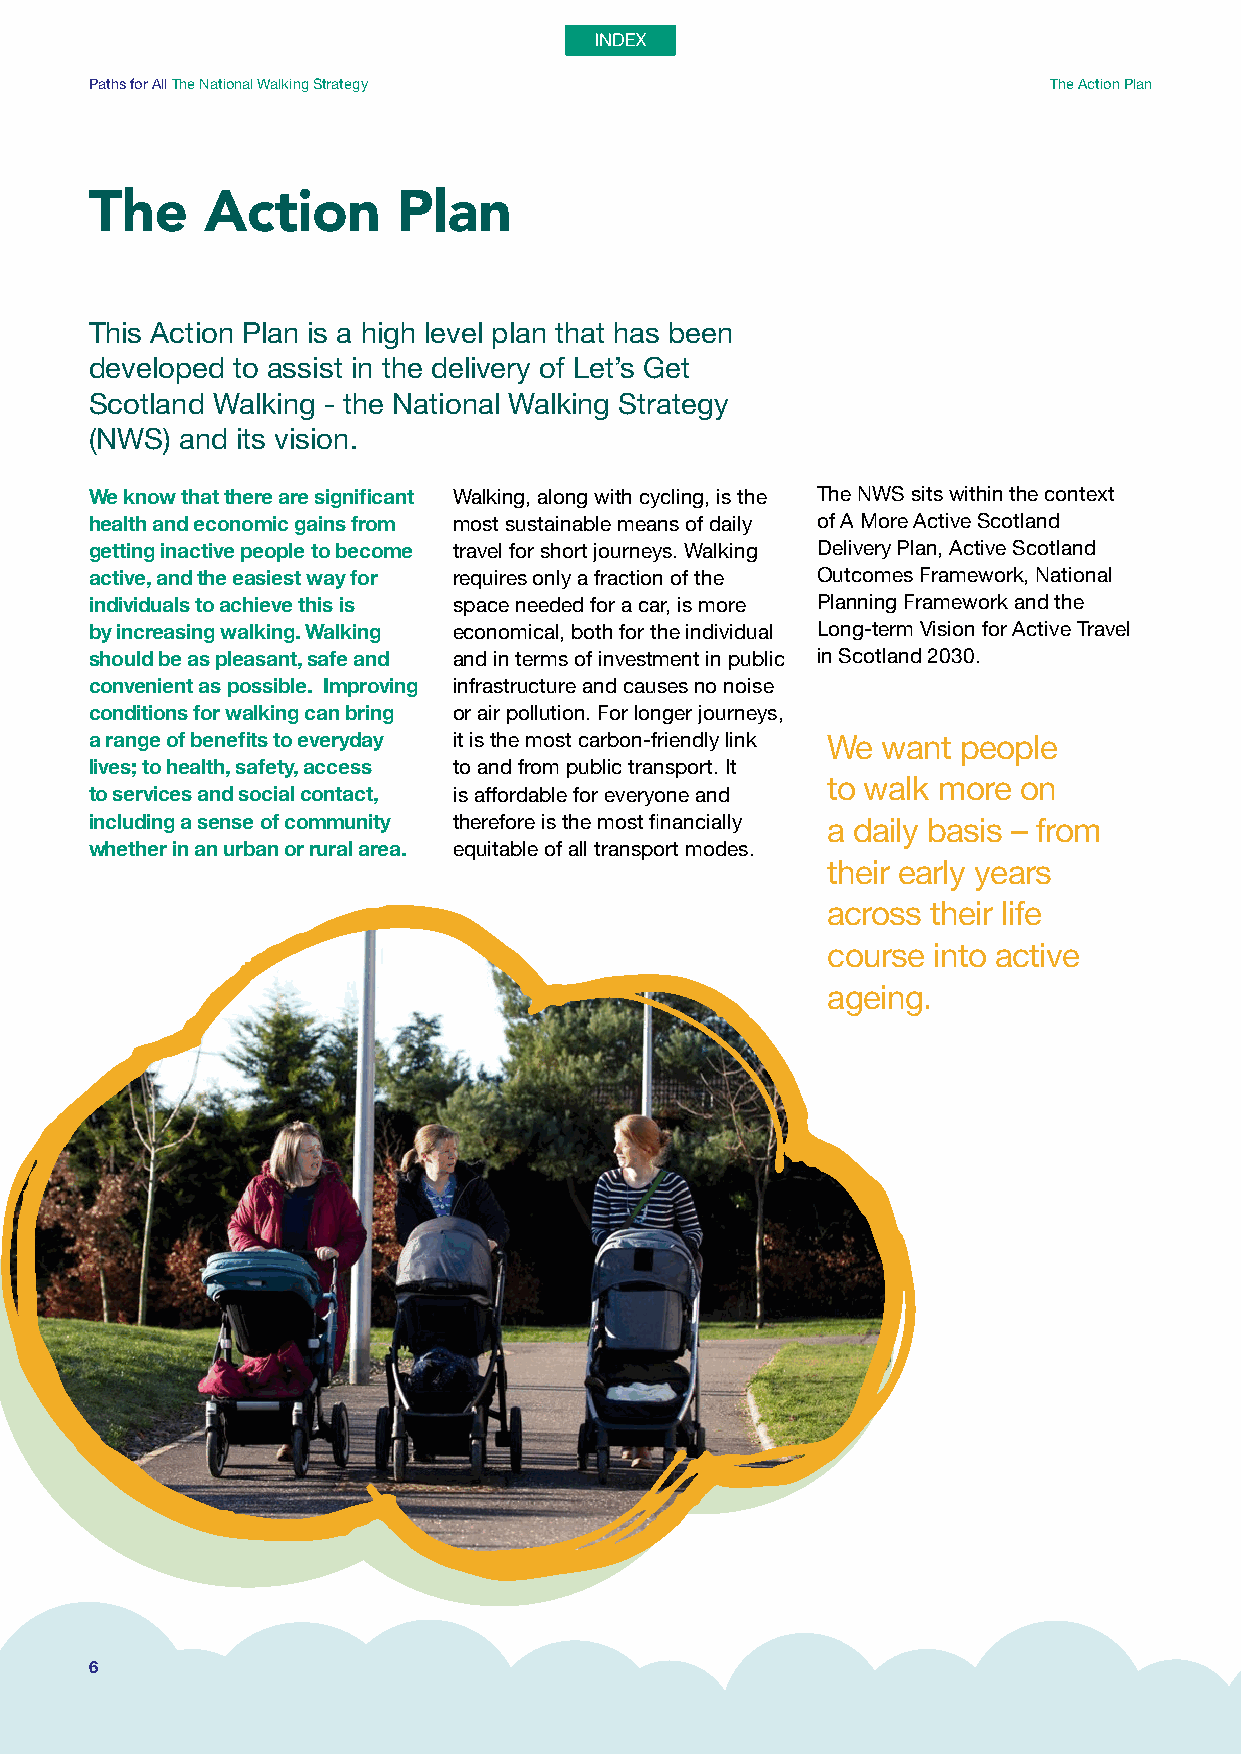
Paths for All The National Walking Strategy                    The Action Plan
 The     Action      Plan
 This Action Plan is a high level plan that has been
 developed to assist in the delivery of Let’s Get
 Scotland Walking - the National Walking Strategy
 (NWS) and its vision.
 We know that there are significant Walking, along with cycling, is the The NWS sits within the context
 health and economic gains from most sustainable means of daily of A More Active Scotland
 getting inactive people to become travel for short journeys. Walking Delivery Plan, Active Scotland
 active, and the easiest way for requires only a fraction of the Outcomes Framework, National
 individuals to achieve this is space needed for a car, is more Planning Framework and the
 by increasing walking. Walking economical, both for the individual Long-term Vision for Active Travel
 should be as pleasant, safe and and in terms of investment in public in Scotland 2030.
 convenient as possible. Improving infrastructure and causes no noise
 conditions for walking can bring or air pollution. For longer journeys,
 a range of benefits to everyday it is the most carbon-friendly link We want people
 lives; to health, safety, access to and from public transport. It
 to walk more on
 to services and social contact, is affordable for everyone and
 including a sense of community therefore is the most financially a daily basis – from
 whether in an urban or rural area. equitable of all transport modes.
 their early years
 across their life
 course into active
 ageing.
 6